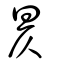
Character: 𣅦